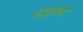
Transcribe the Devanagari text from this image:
मंगुयेशी